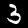
Label: 3